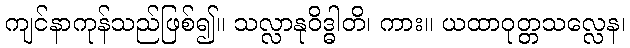
ကျင်နာကုန်သည်ဖြစ်၍။ သလ္လာနုဝိဒ္ဓါတိ၊ ကား။ ယထာဝုတ္တသလ္လေန၊